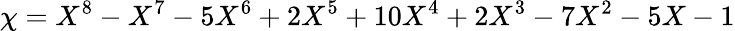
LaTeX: \chi=X^{8}-X^{7}-5X^{6}+2X^{5}+10X^{4}+2X^{3}-7X^{2}-5X-1